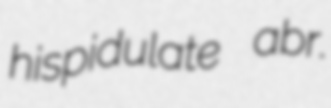
hispidulate abr.